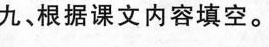
九、根据课文内容填空。